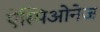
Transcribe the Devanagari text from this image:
ऐस्पिओनेज